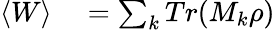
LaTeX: \begin{array}{rl}{\left\langle W\right\rangle}&{{}=\sum_{k}Tr(M_{k}\rho)}\end{array}